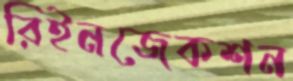
রিইনজেকশন